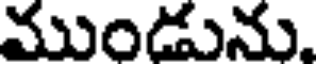
ముండును.